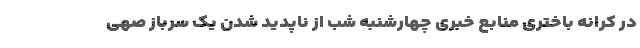
در کرانه باختری منابع خبری چهارشنبه شب از ناپدید شدن یک سرباز صهی